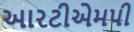
આરટીએમપી